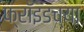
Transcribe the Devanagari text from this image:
फ्रॉइडच्या